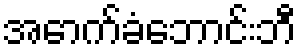
အောက်ခံဘောင်းဘီ